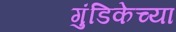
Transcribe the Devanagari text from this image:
गुंडिकेच्या